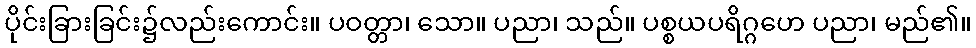
ပိုင်းခြားခြင်း၌လည်းကောင်း။ ပဝတ္တာ၊ သော။ ပညာ၊ သည်။ ပစ္စယပရိဂ္ဂဟေ ပညာ၊ မည်၏။